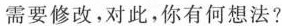
需要修改，对此，你有何想法?